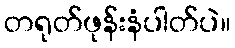
တရုတ်ဖုန်းနံပါတ်ပဲ။